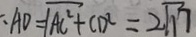
A D = \sqrt { A C ^ { 2 } + C D ^ { 2 } } = 2 \sqrt { 1 7 }